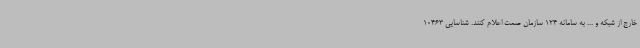
خارج از شبکه و ... به سامانه 124 سازمان صمت اعلام کنند. شناسایی 10463